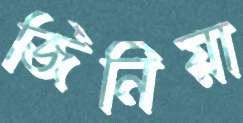
জিনিয়া